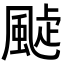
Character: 𩗟